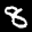
Label: 8